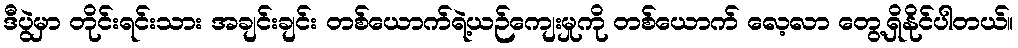
ဒီပွဲမှာ တိုင်းရင်းသား အချင်းချင်း တစ်ယောက်ရဲ့ယဉ်ကျေးမှုကို တစ်ယောက် လေ့လာ တွေ့ရှိနိုင်ပါတယ်။